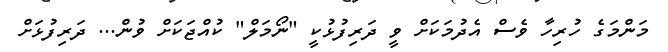
މަންމަގެ ހުރިހާ ވެސް އެދުމަކަށް ވީ ދަރިފުޅުކީ "ނޯމަލް" ކުއްޖަކަށް ވުން... ދަރިފުޅަށް